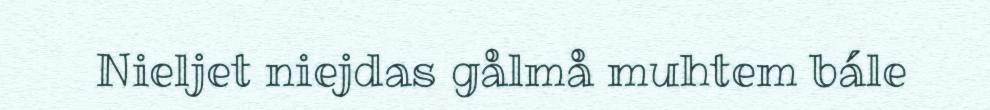
Nieljet niejdas gålmå muhtem bále